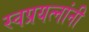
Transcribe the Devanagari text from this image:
स्वप्रयत्‍नांनी